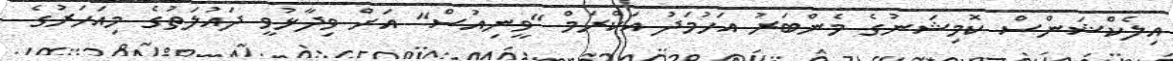
އިލެކްޝަންސް ކޮމިޝަނުގެ މެންބަރު އަހުމަދު އަކްރަމް "ވީނިއުސް" އަށް ވިދާޅުވީ ދައުލަތުގެ މިއަހަރުގެ